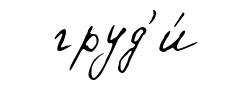
груд'и́